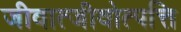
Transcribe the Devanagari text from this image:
जीवात्जीवोत्पत्ति